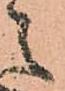
の